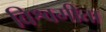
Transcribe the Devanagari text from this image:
विश्वगीता